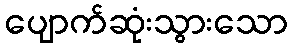
ပျောက်ဆုံးသွားသော